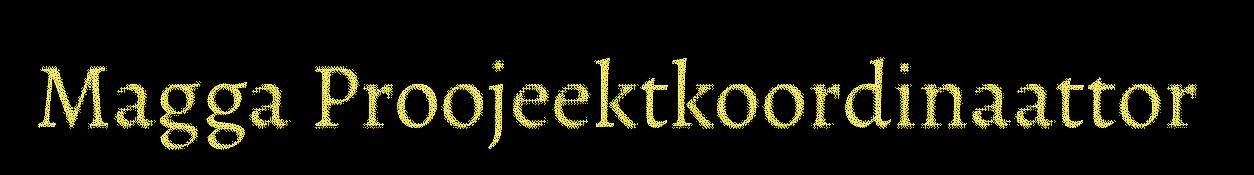
Magga Proojeektkoordinaattor